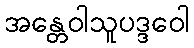
အန္တေဝါသူပဒ္ဒဝေါ